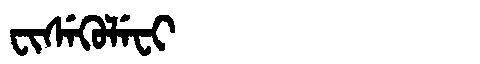
Manchu: ᠸᡳᠰᡝᡴᡠᠯᡝᠸᡳ
Romanization: FISEKULEFI